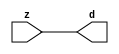

//------> /package/eda/mg/Catapult_10.3d/Mgc_home/pkgs/siflibs/mgc_in_wire_v2.v 
//------------------------------------------------------------------------------
// Catapult Synthesis - Sample I/O Port Library
//
// Copyright (c) 2003-2017 Mentor Graphics Corp.
//       All Rights Reserved
//
// This document may be used and distributed without restriction provided that
// this copyright statement is not removed from the file and that any derivative
// work contains this copyright notice.
//
// The design information contained in this file is intended to be an example
// of the functionality which the end user may study in preparation for creating
// their own custom interfaces. This design does not necessarily present a 
// complete implementation of the named protocol or standard.
//
//------------------------------------------------------------------------------


module mgc_in_wire_v2 (d, z);

  parameter integer rscid = 1;
  parameter integer width = 8;

  output [width-1:0] d;
  input  [width-1:0] z;

  wire   [width-1:0] d;

  assign d = z;

endmodule


//------> /package/eda/mg/Catapult_10.3d/Mgc_home/pkgs/siflibs/ccs_in_v1.v 
//------------------------------------------------------------------------------
// Catapult Synthesis - Sample I/O Port Library
//
// Copyright (c) 2003-2017 Mentor Graphics Corp.
//       All Rights Reserved
//
// This document may be used and distributed without restriction provided that
// this copyright statement is not removed from the file and that any derivative
// work contains this copyright notice.
//
// The design information contained in this file is intended to be an example
// of the functionality which the end user may study in preparation for creating
// their own custom interfaces. This design does not necessarily present a 
// complete implementation of the named protocol or standard.
//
//------------------------------------------------------------------------------


module ccs_in_v1 (idat, dat);

  parameter integer rscid = 1;
  parameter integer width = 8;

  output [width-1:0] idat;
  input  [width-1:0] dat;

  wire   [width-1:0] idat;

  assign idat = dat;

endmodule


//------> /package/eda/mg/Catapult_10.3d/Mgc_home/pkgs/siflibs/ccs_out_v1.v 
//------------------------------------------------------------------------------
// Catapult Synthesis - Sample I/O Port Library
//
// Copyright (c) 2003-2015 Mentor Graphics Corp.
//       All Rights Reserved
//
// This document may be used and distributed without restriction provided that
// this copyright statement is not removed from the file and that any derivative
// work contains this copyright notice.
//
// The design information contained in this file is intended to be an example
// of the functionality which the end user may study in preparation for creating
// their own custom interfaces. This design does not necessarily present a 
// complete implementation of the named protocol or standard.
//
//------------------------------------------------------------------------------

module ccs_out_v1 (dat, idat);

  parameter integer rscid = 1;
  parameter integer width = 8;

  output   [width-1:0] dat;
  input    [width-1:0] idat;

  wire     [width-1:0] dat;

  assign dat = idat;

endmodule




//------> /package/eda/mg/Catapult_10.3d/Mgc_home/pkgs/siflibs/mgc_io_sync_v2.v 
//------------------------------------------------------------------------------
// Catapult Synthesis - Sample I/O Port Library
//
// Copyright (c) 2003-2017 Mentor Graphics Corp.
//       All Rights Reserved
//
// This document may be used and distributed without restriction provided that
// this copyright statement is not removed from the file and that any derivative
// work contains this copyright notice.
//
// The design information contained in this file is intended to be an example
// of the functionality which the end user may study in preparation for creating
// their own custom interfaces. This design does not necessarily present a 
// complete implementation of the named protocol or standard.
//
//------------------------------------------------------------------------------


module mgc_io_sync_v2 (ld, lz);
    parameter valid = 0;

    input  ld;
    output lz;

    wire   lz;

    assign lz = ld;

endmodule


//------> ./rtl.v 
// ----------------------------------------------------------------------
//  HLS HDL:        Verilog Netlister
//  HLS Version:    10.3d/815731 Production Release
//  HLS Date:       Wed Apr 24 14:54:19 PDT 2019
// 
//  Generated by:   695r48@ecegrid-thin4.ecn.purdue.edu
//  Generated date: Wed Nov 10 16:29:34 2021
// ----------------------------------------------------------------------

// 
// ------------------------------------------------------------------
//  Design Unit:    fir_core_core_fsm
//  FSM Module
// ------------------------------------------------------------------


module fir_core_core_fsm (
  clk, rst, fsm_output
);
  input clk;
  input rst;
  output [3:0] fsm_output;
  reg [3:0] fsm_output;


  // FSM State Type Declaration for fir_core_core_fsm_1
  parameter
    main_C_0 = 2'd0,
    main_C_1 = 2'd1,
    main_C_2 = 2'd2,
    main_C_3 = 2'd3;

  reg [1:0] state_var;
  reg [1:0] state_var_NS;


  // Interconnect Declarations for Component Instantiations 
  always @(*)
  begin : fir_core_core_fsm_1
    case (state_var)
      main_C_1 : begin
        fsm_output = 4'b0010;
        state_var_NS = main_C_2;
      end
      main_C_2 : begin
        fsm_output = 4'b0100;
        state_var_NS = main_C_3;
      end
      main_C_3 : begin
        fsm_output = 4'b1000;
        state_var_NS = main_C_0;
      end
      // main_C_0
      default : begin
        fsm_output = 4'b0001;
        state_var_NS = main_C_1;
      end
    endcase
  end

  always @(posedge clk) begin
    if ( rst ) begin
      state_var <= main_C_0;
    end
    else begin
      state_var <= state_var_NS;
    end
  end

endmodule

// ------------------------------------------------------------------
//  Design Unit:    fir_core
// ------------------------------------------------------------------


module fir_core (
  clk, rst, coeffs_rsc_z, coeffs_rsc_triosy_lz, in1_rsc_dat, in1_rsc_triosy_lz, out1_rsc_dat,
      out1_rsc_triosy_lz
);
  input clk;
  input rst;
  input [511:0] coeffs_rsc_z;
  output coeffs_rsc_triosy_lz;
  input [15:0] in1_rsc_dat;
  output in1_rsc_triosy_lz;
  output [15:0] out1_rsc_dat;
  output out1_rsc_triosy_lz;


  // Interconnect Declarations
  wire [511:0] coeffs_rsci_d;
  wire [15:0] in1_rsci_idat;
  reg [15:0] out1_rsci_idat;
  reg out1_rsc_triosy_obj_ld;
  wire [3:0] fsm_output;
  wire or_tmp;
  reg main_stage_0_2;
  reg [191:0] reg_MAC_io_read_coeffs_rsc_cse_255_0_ftd_64;
  reg reg_in1_rsc_triosy_obj_ld_cse;
  wire MAC_or_1_cse;
  wire [29:0] z_out;
  wire [30:0] nl_z_out;
  wire [29:0] z_out_1;
  wire [30:0] nl_z_out_1;
  wire [29:0] z_out_2;
  wire signed [32:0] nl_z_out_2;
  wire [29:0] z_out_3;
  wire signed [32:0] nl_z_out_3;
  wire [29:0] z_out_4;
  wire signed [32:0] nl_z_out_4;
  wire [29:0] z_out_6;
  wire signed [32:0] nl_z_out_6;
  reg [15:0] regs_15_sva;
  reg [15:0] regs_16_sva;
  reg [15:0] regs_14_sva;
  reg [15:0] regs_17_sva;
  reg [15:0] regs_13_sva;
  reg [15:0] regs_18_sva;
  reg [15:0] regs_12_sva;
  reg [15:0] regs_19_sva;
  reg [15:0] regs_11_sva;
  reg [15:0] regs_20_sva;
  reg [15:0] regs_10_sva;
  reg [15:0] regs_21_sva;
  reg [15:0] regs_9_sva;
  reg [15:0] regs_22_sva;
  reg [15:0] regs_8_sva;
  reg [15:0] regs_23_sva;
  reg [15:0] regs_7_sva;
  reg [15:0] regs_24_sva;
  reg [15:0] regs_6_sva;
  reg [15:0] regs_25_sva;
  reg [15:0] regs_5_sva;
  reg [15:0] regs_26_sva;
  reg [15:0] regs_4_sva;
  reg [15:0] regs_27_sva;
  reg [15:0] regs_3_sva;
  reg [15:0] regs_28_sva;
  reg [15:0] regs_2_sva;
  reg [15:0] regs_29_sva;
  reg [15:0] regs_1_sva;
  reg [15:0] regs_30_sva;
  reg [15:0] regs_0_sva;
  reg [16:0] MAC_1_acc_3_itm;
  wire [17:0] nl_MAC_1_acc_3_itm;
  reg [29:0] MAC_1_mul_itm;
  reg [16:0] MAC_2_acc_3_itm;
  wire [17:0] nl_MAC_2_acc_3_itm;
  reg [29:0] MAC_acc_11_itm;
  reg [16:0] MAC_3_acc_3_itm;
  wire [17:0] nl_MAC_3_acc_3_itm;
  reg [16:0] MAC_4_acc_3_itm;
  wire [17:0] nl_MAC_4_acc_3_itm;
  reg [29:0] MAC_acc_10_itm;
  reg [16:0] MAC_5_acc_3_itm;
  wire [17:0] nl_MAC_5_acc_3_itm;
  reg [16:0] MAC_6_acc_3_itm;
  wire [17:0] nl_MAC_6_acc_3_itm;
  reg [16:0] MAC_7_acc_3_itm;
  wire [17:0] nl_MAC_7_acc_3_itm;
  reg [16:0] MAC_8_acc_3_itm;
  wire [17:0] nl_MAC_8_acc_3_itm;
  reg [16:0] MAC_9_acc_3_itm;
  wire [17:0] nl_MAC_9_acc_3_itm;
  reg [16:0] MAC_10_acc_3_itm;
  reg [16:0] MAC_11_acc_3_itm;
  wire [17:0] nl_MAC_11_acc_3_itm;
  reg [16:0] MAC_12_acc_3_itm;
  wire [17:0] nl_MAC_12_acc_3_itm;
  reg [29:0] MAC_12_mul_itm;
  reg [29:0] MAC_15_mul_itm;
  reg [29:0] MAC_16_mul_itm;
  reg [29:0] MAC_acc_16_itm;
  wire [30:0] nl_MAC_acc_16_itm;
  wire [29:0] MAC_acc_14_mx0w2;
  wire [30:0] nl_MAC_acc_14_mx0w2;

  wire[29:0] MAC_16_acc_2_nl;
  wire[30:0] nl_MAC_16_acc_2_nl;
  wire[29:0] MAC_acc_17_nl;
  wire[30:0] nl_MAC_acc_17_nl;
  wire[16:0] MAC_10_acc_3_nl;
  wire[17:0] nl_MAC_10_acc_3_nl;
  wire[29:0] MAC_16_mul_nl;
  wire signed [32:0] nl_MAC_16_mul_nl;
  wire[16:0] MAC_16_acc_3_nl;
  wire[17:0] nl_MAC_16_acc_3_nl;
  wire[29:0] MAC_acc_6_nl;
  wire[30:0] nl_MAC_acc_6_nl;
  wire[29:0] MAC_11_mul_nl;
  wire signed [32:0] nl_MAC_11_mul_nl;
  wire[29:0] mul_3_nl;
  wire signed [32:0] nl_mul_3_nl;
  wire[15:0] MAC_mux_30_nl;
  wire[16:0] MAC_mux_31_nl;
  wire[16:0] MAC_13_acc_4_nl;
  wire[17:0] nl_MAC_13_acc_4_nl;
  wire[29:0] MAC_acc_7_nl;
  wire[30:0] nl_MAC_acc_7_nl;
  wire[29:0] MAC_10_mul_nl;
  wire signed [32:0] nl_MAC_10_mul_nl;
  wire[0:0] MAC_or_4_nl;
  wire[29:0] MAC_14_mul_nl;
  wire signed [32:0] nl_MAC_14_mul_nl;
  wire[16:0] MAC_14_acc_3_nl;
  wire[17:0] nl_MAC_14_acc_3_nl;
  wire[29:0] MAC_acc_11_nl;
  wire[30:0] nl_MAC_acc_11_nl;
  wire[29:0] MAC_acc_9_nl;
  wire[30:0] nl_MAC_acc_9_nl;
  wire[29:0] MAC_6_mul_nl;
  wire signed [32:0] nl_MAC_6_mul_nl;
  wire[29:0] MAC_acc_10_nl;
  wire[30:0] nl_MAC_acc_10_nl;
  wire[29:0] MAC_acc_8_nl;
  wire[30:0] nl_MAC_acc_8_nl;
  wire[29:0] MAC_7_mul_nl;
  wire signed [32:0] nl_MAC_7_mul_nl;
  wire[29:0] MAC_mux_22_nl;
  wire[29:0] MAC_mux_23_nl;
  wire[15:0] MAC_mux_24_nl;
  wire[16:0] MAC_mux_25_nl;
  wire[16:0] MAC_15_acc_4_nl;
  wire[17:0] nl_MAC_15_acc_4_nl;
  wire[15:0] MAC_mux_26_nl;
  wire[16:0] MAC_mux_27_nl;
  wire[15:0] MAC_mux_28_nl;
  wire[16:0] MAC_mux_29_nl;
  wire[15:0] MAC_mux_32_nl;
  wire[16:0] MAC_mux_33_nl;

  // Interconnect Declarations for Component Instantiations 
  mgc_in_wire_v2 #(.rscid(32'sd1),
  .width(32'sd512)) coeffs_rsci (
      .d(coeffs_rsci_d),
      .z(coeffs_rsc_z)
    );
  ccs_in_v1 #(.rscid(32'sd2),
  .width(32'sd16)) in1_rsci (
      .dat(in1_rsc_dat),
      .idat(in1_rsci_idat)
    );
  ccs_out_v1 #(.rscid(32'sd3),
  .width(32'sd16)) out1_rsci (
      .idat(out1_rsci_idat),
      .dat(out1_rsc_dat)
    );
  mgc_io_sync_v2 #(.valid(32'sd0)) coeffs_rsc_triosy_obj (
      .ld(reg_in1_rsc_triosy_obj_ld_cse),
      .lz(coeffs_rsc_triosy_lz)
    );
  mgc_io_sync_v2 #(.valid(32'sd0)) in1_rsc_triosy_obj (
      .ld(reg_in1_rsc_triosy_obj_ld_cse),
      .lz(in1_rsc_triosy_lz)
    );
  mgc_io_sync_v2 #(.valid(32'sd0)) out1_rsc_triosy_obj (
      .ld(out1_rsc_triosy_obj_ld),
      .lz(out1_rsc_triosy_lz)
    );
  fir_core_core_fsm fir_core_core_fsm_inst (
      .clk(clk),
      .rst(rst),
      .fsm_output(fsm_output)
    );
  assign MAC_or_1_cse = (fsm_output[0]) | (fsm_output[1]) | (fsm_output[3]);
  assign nl_MAC_acc_14_mx0w2 = MAC_acc_11_itm + MAC_acc_10_itm;
  assign MAC_acc_14_mx0w2 = nl_MAC_acc_14_mx0w2[29:0];
  assign or_tmp = ~((fsm_output[0]) & main_stage_0_2);
  always @(posedge clk) begin
    if ( rst ) begin
      out1_rsc_triosy_obj_ld <= 1'b0;
      reg_in1_rsc_triosy_obj_ld_cse <= 1'b0;
      main_stage_0_2 <= 1'b0;
      MAC_12_acc_3_itm <= 17'b00000000000000000;
      MAC_9_acc_3_itm <= 17'b00000000000000000;
      MAC_8_acc_3_itm <= 17'b00000000000000000;
      MAC_1_acc_3_itm <= 17'b00000000000000000;
      MAC_1_mul_itm <= 30'b000000000000000000000000000000;
      MAC_acc_11_itm <= 30'b000000000000000000000000000000;
      MAC_acc_10_itm <= 30'b000000000000000000000000000000;
    end
    else begin
      out1_rsc_triosy_obj_ld <= ~ or_tmp;
      reg_in1_rsc_triosy_obj_ld_cse <= fsm_output[0];
      main_stage_0_2 <= 1'b1;
      MAC_12_acc_3_itm <= nl_MAC_12_acc_3_itm[16:0];
      MAC_9_acc_3_itm <= nl_MAC_9_acc_3_itm[16:0];
      MAC_8_acc_3_itm <= nl_MAC_8_acc_3_itm[16:0];
      MAC_1_acc_3_itm <= nl_MAC_1_acc_3_itm[16:0];
      MAC_1_mul_itm <= MUX1HOT_v_30_3_2((mul_3_nl), z_out_6, (MAC_acc_7_nl), {(MAC_or_4_nl)
          , (fsm_output[1]) , (fsm_output[3])});
      MAC_acc_11_itm <= MUX_v_30_2_2((MAC_acc_11_nl), (MAC_acc_9_nl), fsm_output[3]);
      MAC_acc_10_itm <= MUX_v_30_2_2((MAC_acc_10_nl), (MAC_acc_8_nl), fsm_output[3]);
    end
  end
  always @(posedge clk) begin
    if ( rst ) begin
      out1_rsci_idat <= 16'b0000000000000000;
    end
    else if ( ~ or_tmp ) begin
      out1_rsci_idat <= readslicef_30_16_14((MAC_16_acc_2_nl));
    end
  end
  always @(posedge clk) begin
    if ( rst ) begin
      MAC_11_acc_3_itm <= 17'b00000000000000000;
    end
    else if ( fsm_output[0] ) begin
      MAC_11_acc_3_itm <= nl_MAC_11_acc_3_itm[16:0];
    end
  end
  always @(posedge clk) begin
    if ( rst ) begin
      MAC_10_acc_3_itm <= 17'b00000000000000000;
    end
    else if ( (fsm_output[0]) | (fsm_output[3]) ) begin
      MAC_10_acc_3_itm <= MUX_v_17_2_2((MAC_10_acc_3_nl), ({1'b0 , regs_30_sva}),
          fsm_output[3]);
    end
  end
  always @(posedge clk) begin
    if ( rst ) begin
      MAC_7_acc_3_itm <= 17'b00000000000000000;
    end
    else if ( fsm_output[0] ) begin
      MAC_7_acc_3_itm <= nl_MAC_7_acc_3_itm[16:0];
    end
  end
  always @(posedge clk) begin
    if ( rst ) begin
      MAC_6_acc_3_itm <= 17'b00000000000000000;
    end
    else if ( fsm_output[0] ) begin
      MAC_6_acc_3_itm <= nl_MAC_6_acc_3_itm[16:0];
    end
  end
  always @(posedge clk) begin
    if ( rst ) begin
      MAC_5_acc_3_itm <= 17'b00000000000000000;
    end
    else if ( fsm_output[0] ) begin
      MAC_5_acc_3_itm <= nl_MAC_5_acc_3_itm[16:0];
    end
  end
  always @(posedge clk) begin
    if ( rst ) begin
      MAC_3_acc_3_itm <= 17'b00000000000000000;
    end
    else if ( fsm_output[0] ) begin
      MAC_3_acc_3_itm <= nl_MAC_3_acc_3_itm[16:0];
    end
  end
  always @(posedge clk) begin
    if ( rst ) begin
      MAC_4_acc_3_itm <= 17'b00000000000000000;
    end
    else if ( fsm_output[0] ) begin
      MAC_4_acc_3_itm <= nl_MAC_4_acc_3_itm[16:0];
    end
  end
  always @(posedge clk) begin
    if ( rst ) begin
      MAC_2_acc_3_itm <= 17'b00000000000000000;
    end
    else if ( fsm_output[0] ) begin
      MAC_2_acc_3_itm <= nl_MAC_2_acc_3_itm[16:0];
    end
  end
  always @(posedge clk) begin
    if ( rst ) begin
      MAC_15_mul_itm <= 30'b000000000000000000000000000000;
      MAC_16_mul_itm <= 30'b000000000000000000000000000000;
      MAC_12_mul_itm <= 30'b000000000000000000000000000000;
    end
    else if ( MAC_or_1_cse ) begin
      MAC_15_mul_itm <= MUX1HOT_v_30_3_2(z_out_2, z_out_3, MAC_acc_14_mx0w2, {(fsm_output[0])
          , (fsm_output[1]) , (fsm_output[3])});
      MAC_16_mul_itm <= MUX1HOT_v_30_3_2((MAC_16_mul_nl), z_out_4, (MAC_acc_6_nl),
          {(fsm_output[0]) , (fsm_output[1]) , (fsm_output[3])});
      MAC_12_mul_itm <= MUX1HOT_v_30_3_2((MAC_14_mul_nl), z_out_2, MAC_acc_16_itm,
          {(fsm_output[0]) , (fsm_output[1]) , (fsm_output[3])});
    end
  end
  always @(posedge clk) begin
    if ( rst ) begin
      regs_1_sva <= 16'b0000000000000000;
    end
    else if ( fsm_output[0] ) begin
      regs_1_sva <= regs_0_sva;
    end
  end
  always @(posedge clk) begin
    if ( rst ) begin
      regs_0_sva <= 16'b0000000000000000;
    end
    else if ( fsm_output[0] ) begin
      regs_0_sva <= in1_rsci_idat;
    end
  end
  always @(posedge clk) begin
    if ( rst ) begin
      regs_15_sva <= 16'b0000000000000000;
    end
    else if ( fsm_output[3] ) begin
      regs_15_sva <= regs_14_sva;
    end
  end
  always @(posedge clk) begin
    if ( rst ) begin
      regs_14_sva <= 16'b0000000000000000;
    end
    else if ( fsm_output[3] ) begin
      regs_14_sva <= regs_13_sva;
    end
  end
  always @(posedge clk) begin
    if ( rst ) begin
      regs_16_sva <= 16'b0000000000000000;
    end
    else if ( fsm_output[3] ) begin
      regs_16_sva <= regs_15_sva;
    end
  end
  always @(posedge clk) begin
    if ( rst ) begin
      regs_13_sva <= 16'b0000000000000000;
    end
    else if ( fsm_output[3] ) begin
      regs_13_sva <= regs_12_sva;
    end
  end
  always @(posedge clk) begin
    if ( rst ) begin
      regs_17_sva <= 16'b0000000000000000;
    end
    else if ( fsm_output[3] ) begin
      regs_17_sva <= regs_16_sva;
    end
  end
  always @(posedge clk) begin
    if ( rst ) begin
      regs_12_sva <= 16'b0000000000000000;
    end
    else if ( fsm_output[3] ) begin
      regs_12_sva <= regs_11_sva;
    end
  end
  always @(posedge clk) begin
    if ( rst ) begin
      regs_18_sva <= 16'b0000000000000000;
    end
    else if ( fsm_output[3] ) begin
      regs_18_sva <= regs_17_sva;
    end
  end
  always @(posedge clk) begin
    if ( rst ) begin
      regs_11_sva <= 16'b0000000000000000;
    end
    else if ( fsm_output[3] ) begin
      regs_11_sva <= regs_10_sva;
    end
  end
  always @(posedge clk) begin
    if ( rst ) begin
      regs_19_sva <= 16'b0000000000000000;
    end
    else if ( fsm_output[3] ) begin
      regs_19_sva <= regs_18_sva;
    end
  end
  always @(posedge clk) begin
    if ( rst ) begin
      regs_10_sva <= 16'b0000000000000000;
    end
    else if ( fsm_output[3] ) begin
      regs_10_sva <= regs_9_sva;
    end
  end
  always @(posedge clk) begin
    if ( rst ) begin
      regs_20_sva <= 16'b0000000000000000;
    end
    else if ( fsm_output[3] ) begin
      regs_20_sva <= regs_19_sva;
    end
  end
  always @(posedge clk) begin
    if ( rst ) begin
      regs_9_sva <= 16'b0000000000000000;
    end
    else if ( fsm_output[3] ) begin
      regs_9_sva <= regs_8_sva;
    end
  end
  always @(posedge clk) begin
    if ( rst ) begin
      regs_21_sva <= 16'b0000000000000000;
    end
    else if ( fsm_output[3] ) begin
      regs_21_sva <= regs_20_sva;
    end
  end
  always @(posedge clk) begin
    if ( rst ) begin
      regs_8_sva <= 16'b0000000000000000;
    end
    else if ( fsm_output[3] ) begin
      regs_8_sva <= regs_7_sva;
    end
  end
  always @(posedge clk) begin
    if ( rst ) begin
      regs_22_sva <= 16'b0000000000000000;
    end
    else if ( fsm_output[3] ) begin
      regs_22_sva <= regs_21_sva;
    end
  end
  always @(posedge clk) begin
    if ( rst ) begin
      regs_7_sva <= 16'b0000000000000000;
    end
    else if ( fsm_output[3] ) begin
      regs_7_sva <= regs_6_sva;
    end
  end
  always @(posedge clk) begin
    if ( rst ) begin
      regs_23_sva <= 16'b0000000000000000;
    end
    else if ( fsm_output[3] ) begin
      regs_23_sva <= regs_22_sva;
    end
  end
  always @(posedge clk) begin
    if ( rst ) begin
      regs_6_sva <= 16'b0000000000000000;
    end
    else if ( fsm_output[3] ) begin
      regs_6_sva <= regs_5_sva;
    end
  end
  always @(posedge clk) begin
    if ( rst ) begin
      regs_24_sva <= 16'b0000000000000000;
    end
    else if ( fsm_output[3] ) begin
      regs_24_sva <= regs_23_sva;
    end
  end
  always @(posedge clk) begin
    if ( rst ) begin
      regs_5_sva <= 16'b0000000000000000;
    end
    else if ( fsm_output[3] ) begin
      regs_5_sva <= regs_4_sva;
    end
  end
  always @(posedge clk) begin
    if ( rst ) begin
      regs_25_sva <= 16'b0000000000000000;
    end
    else if ( fsm_output[3] ) begin
      regs_25_sva <= regs_24_sva;
    end
  end
  always @(posedge clk) begin
    if ( rst ) begin
      regs_4_sva <= 16'b0000000000000000;
    end
    else if ( fsm_output[3] ) begin
      regs_4_sva <= regs_3_sva;
    end
  end
  always @(posedge clk) begin
    if ( rst ) begin
      regs_26_sva <= 16'b0000000000000000;
    end
    else if ( fsm_output[3] ) begin
      regs_26_sva <= regs_25_sva;
    end
  end
  always @(posedge clk) begin
    if ( rst ) begin
      regs_3_sva <= 16'b0000000000000000;
    end
    else if ( fsm_output[3] ) begin
      regs_3_sva <= regs_2_sva;
    end
  end
  always @(posedge clk) begin
    if ( rst ) begin
      regs_27_sva <= 16'b0000000000000000;
    end
    else if ( fsm_output[3] ) begin
      regs_27_sva <= regs_26_sva;
    end
  end
  always @(posedge clk) begin
    if ( rst ) begin
      regs_2_sva <= 16'b0000000000000000;
    end
    else if ( fsm_output[3] ) begin
      regs_2_sva <= regs_1_sva;
    end
  end
  always @(posedge clk) begin
    if ( rst ) begin
      regs_28_sva <= 16'b0000000000000000;
    end
    else if ( fsm_output[3] ) begin
      regs_28_sva <= regs_27_sva;
    end
  end
  always @(posedge clk) begin
    if ( rst ) begin
      regs_29_sva <= 16'b0000000000000000;
    end
    else if ( fsm_output[3] ) begin
      regs_29_sva <= regs_28_sva;
    end
  end
  always @(posedge clk) begin
    if ( rst ) begin
      regs_30_sva <= 16'b0000000000000000;
    end
    else if ( fsm_output[3] ) begin
      regs_30_sva <= regs_29_sva;
    end
  end
  always @(posedge clk) begin
    if ( rst ) begin
      MAC_acc_16_itm <= 30'b000000000000000000000000000000;
    end
    else if ( fsm_output[1] ) begin
      MAC_acc_16_itm <= nl_MAC_acc_16_itm[29:0];
    end
  end
  always @(posedge clk) begin
    if ( rst ) begin
      reg_MAC_io_read_coeffs_rsc_cse_255_0_ftd_64 <= 192'b000000000000000000000000000000000000000000000000000000000000000000000000000000000000000000000000000000000000000000000000000000000000000000000000000000000000000000000000000000000000000000000000;
    end
    else if ( fsm_output[0] ) begin
      reg_MAC_io_read_coeffs_rsc_cse_255_0_ftd_64 <= coeffs_rsci_d[191:0];
    end
  end
  assign nl_MAC_12_acc_3_itm  = conv_s2s_16_17(regs_11_sva) + conv_s2s_16_17(regs_20_sva);
  assign nl_MAC_9_acc_3_itm  = conv_s2s_16_17(regs_8_sva) + conv_s2s_16_17(regs_23_sva);
  assign nl_MAC_8_acc_3_itm  = conv_s2s_16_17(regs_7_sva) + conv_s2s_16_17(regs_24_sva);
  assign nl_MAC_1_acc_3_itm  = conv_s2s_16_17(in1_rsci_idat) + conv_s2s_16_17(MAC_10_acc_3_itm[15:0]);
  assign MAC_mux_30_nl = MUX_v_16_2_2((coeffs_rsci_d[207:192]), (reg_MAC_io_read_coeffs_rsc_cse_255_0_ftd_64[79:64]),
      fsm_output[2]);
  assign nl_MAC_13_acc_4_nl = conv_s2s_16_17(regs_12_sva) + conv_s2s_16_17(regs_19_sva);
  assign MAC_13_acc_4_nl = nl_MAC_13_acc_4_nl[16:0];
  assign MAC_mux_31_nl = MUX_v_17_2_2((MAC_13_acc_4_nl), MAC_5_acc_3_itm, fsm_output[2]);
  assign nl_mul_3_nl = $signed((MAC_mux_30_nl)) * $signed((MAC_mux_31_nl));
  assign mul_3_nl = nl_mul_3_nl[29:0];
  assign nl_MAC_10_mul_nl = $signed(MAC_10_acc_3_itm) * $signed((reg_MAC_io_read_coeffs_rsc_cse_255_0_ftd_64[159:144]));
  assign MAC_10_mul_nl = nl_MAC_10_mul_nl[29:0];
  assign nl_MAC_acc_7_nl = MAC_15_mul_itm + (MAC_10_mul_nl);
  assign MAC_acc_7_nl = nl_MAC_acc_7_nl[29:0];
  assign MAC_or_4_nl = (fsm_output[0]) | (fsm_output[2]);
  assign nl_MAC_acc_11_nl = MAC_1_mul_itm + z_out_3;
  assign MAC_acc_11_nl = nl_MAC_acc_11_nl[29:0];
  assign nl_MAC_6_mul_nl = $signed(MAC_6_acc_3_itm) * $signed((reg_MAC_io_read_coeffs_rsc_cse_255_0_ftd_64[95:80]));
  assign MAC_6_mul_nl = nl_MAC_6_mul_nl[29:0];
  assign nl_MAC_acc_9_nl = MAC_1_mul_itm + (MAC_6_mul_nl);
  assign MAC_acc_9_nl = nl_MAC_acc_9_nl[29:0];
  assign nl_MAC_acc_10_nl = z_out_6 + z_out_4;
  assign MAC_acc_10_nl = nl_MAC_acc_10_nl[29:0];
  assign nl_MAC_7_mul_nl = $signed(MAC_7_acc_3_itm) * $signed((reg_MAC_io_read_coeffs_rsc_cse_255_0_ftd_64[111:96]));
  assign MAC_7_mul_nl = nl_MAC_7_mul_nl[29:0];
  assign nl_MAC_acc_8_nl = (MAC_7_mul_nl) + MAC_16_mul_itm;
  assign MAC_acc_8_nl = nl_MAC_acc_8_nl[29:0];
  assign nl_MAC_acc_17_nl = MAC_15_mul_itm + MAC_acc_14_mx0w2;
  assign MAC_acc_17_nl = nl_MAC_acc_17_nl[29:0];
  assign nl_MAC_16_acc_2_nl = (MAC_acc_17_nl) + z_out_1;
  assign MAC_16_acc_2_nl = nl_MAC_16_acc_2_nl[29:0];
  assign nl_MAC_11_acc_3_itm  = conv_s2s_16_17(regs_10_sva) + conv_s2s_16_17(regs_21_sva);
  assign nl_MAC_10_acc_3_nl = conv_s2s_16_17(regs_9_sva) + conv_s2s_16_17(regs_22_sva);
  assign MAC_10_acc_3_nl = nl_MAC_10_acc_3_nl[16:0];
  assign nl_MAC_7_acc_3_itm  = conv_s2s_16_17(regs_6_sva) + conv_s2s_16_17(regs_25_sva);
  assign nl_MAC_6_acc_3_itm  = conv_s2s_16_17(regs_5_sva) + conv_s2s_16_17(regs_26_sva);
  assign nl_MAC_5_acc_3_itm  = conv_s2s_16_17(regs_4_sva) + conv_s2s_16_17(regs_27_sva);
  assign nl_MAC_3_acc_3_itm  = conv_s2s_16_17(regs_1_sva) + conv_s2s_16_17(regs_29_sva);
  assign nl_MAC_4_acc_3_itm  = conv_s2s_16_17(regs_3_sva) + conv_s2s_16_17(regs_28_sva);
  assign nl_MAC_2_acc_3_itm  = conv_s2s_16_17(regs_0_sva) + conv_s2s_16_17(regs_30_sva);
  assign nl_MAC_16_acc_3_nl = conv_s2s_16_17(regs_15_sva) + conv_s2s_16_17(regs_16_sva);
  assign MAC_16_acc_3_nl = nl_MAC_16_acc_3_nl[16:0];
  assign nl_MAC_16_mul_nl = $signed((MAC_16_acc_3_nl)) * $signed((coeffs_rsci_d[255:240]));
  assign MAC_16_mul_nl = nl_MAC_16_mul_nl[29:0];
  assign nl_MAC_11_mul_nl = $signed(MAC_11_acc_3_itm) * $signed((reg_MAC_io_read_coeffs_rsc_cse_255_0_ftd_64[175:160]));
  assign MAC_11_mul_nl = nl_MAC_11_mul_nl[29:0];
  assign nl_MAC_acc_6_nl = (MAC_11_mul_nl) + MAC_12_mul_itm;
  assign MAC_acc_6_nl = nl_MAC_acc_6_nl[29:0];
  assign nl_MAC_14_acc_3_nl = conv_s2s_16_17(regs_13_sva) + conv_s2s_16_17(regs_18_sva);
  assign MAC_14_acc_3_nl = nl_MAC_14_acc_3_nl[16:0];
  assign nl_MAC_14_mul_nl = $signed((MAC_14_acc_3_nl)) * $signed((coeffs_rsci_d[223:208]));
  assign MAC_14_mul_nl = nl_MAC_14_mul_nl[29:0];
  assign nl_MAC_acc_16_itm  = z_out_1 + z_out;
  assign MAC_mux_22_nl = MUX_v_30_2_2(MAC_1_mul_itm, MAC_15_mul_itm, fsm_output[1]);
  assign nl_z_out = (MAC_mux_22_nl) + MAC_16_mul_itm;
  assign z_out = nl_z_out[29:0];
  assign MAC_mux_23_nl = MUX_v_30_2_2(z_out, MAC_1_mul_itm, fsm_output[1]);
  assign nl_z_out_1 = (MAC_mux_23_nl) + MAC_12_mul_itm;
  assign z_out_1 = nl_z_out_1[29:0];
  assign MAC_mux_24_nl = MUX_v_16_2_2((coeffs_rsci_d[239:224]), (reg_MAC_io_read_coeffs_rsc_cse_255_0_ftd_64[191:176]),
      fsm_output[1]);
  assign nl_MAC_15_acc_4_nl = conv_s2s_16_17(regs_14_sva) + conv_s2s_16_17(regs_17_sva);
  assign MAC_15_acc_4_nl = nl_MAC_15_acc_4_nl[16:0];
  assign MAC_mux_25_nl = MUX_v_17_2_2((MAC_15_acc_4_nl), MAC_12_acc_3_itm, fsm_output[1]);
  assign nl_z_out_2 = $signed((MAC_mux_24_nl)) * $signed((MAC_mux_25_nl));
  assign z_out_2 = nl_z_out_2[29:0];
  assign MAC_mux_26_nl = MUX_v_16_2_2((reg_MAC_io_read_coeffs_rsc_cse_255_0_ftd_64[143:128]),
      (reg_MAC_io_read_coeffs_rsc_cse_255_0_ftd_64[31:16]), fsm_output[2]);
  assign MAC_mux_27_nl = MUX_v_17_2_2(MAC_9_acc_3_itm, MAC_2_acc_3_itm, fsm_output[2]);
  assign nl_z_out_3 = $signed((MAC_mux_26_nl)) * $signed((MAC_mux_27_nl));
  assign z_out_3 = nl_z_out_3[29:0];
  assign MAC_mux_28_nl = MUX_v_16_2_2((reg_MAC_io_read_coeffs_rsc_cse_255_0_ftd_64[127:112]),
      (reg_MAC_io_read_coeffs_rsc_cse_255_0_ftd_64[63:48]), fsm_output[2]);
  assign MAC_mux_29_nl = MUX_v_17_2_2(MAC_8_acc_3_itm, MAC_4_acc_3_itm, fsm_output[2]);
  assign nl_z_out_4 = $signed((MAC_mux_28_nl)) * $signed((MAC_mux_29_nl));
  assign z_out_4 = nl_z_out_4[29:0];
  assign MAC_mux_32_nl = MUX_v_16_2_2((reg_MAC_io_read_coeffs_rsc_cse_255_0_ftd_64[15:0]),
      (reg_MAC_io_read_coeffs_rsc_cse_255_0_ftd_64[47:32]), fsm_output[2]);
  assign MAC_mux_33_nl = MUX_v_17_2_2(MAC_1_acc_3_itm, MAC_3_acc_3_itm, fsm_output[2]);
  assign nl_z_out_6 = $signed((MAC_mux_32_nl)) * $signed((MAC_mux_33_nl));
  assign z_out_6 = nl_z_out_6[29:0];

  function automatic [29:0] MUX1HOT_v_30_3_2;
    input [29:0] input_2;
    input [29:0] input_1;
    input [29:0] input_0;
    input [2:0] sel;
    reg [29:0] result;
  begin
    result = input_0 & {30{sel[0]}};
    result = result | ( input_1 & {30{sel[1]}});
    result = result | ( input_2 & {30{sel[2]}});
    MUX1HOT_v_30_3_2 = result;
  end
  endfunction


  function automatic [15:0] MUX_v_16_2_2;
    input [15:0] input_0;
    input [15:0] input_1;
    input [0:0] sel;
    reg [15:0] result;
  begin
    case (sel)
      1'b0 : begin
        result = input_0;
      end
      default : begin
        result = input_1;
      end
    endcase
    MUX_v_16_2_2 = result;
  end
  endfunction


  function automatic [16:0] MUX_v_17_2_2;
    input [16:0] input_0;
    input [16:0] input_1;
    input [0:0] sel;
    reg [16:0] result;
  begin
    case (sel)
      1'b0 : begin
        result = input_0;
      end
      default : begin
        result = input_1;
      end
    endcase
    MUX_v_17_2_2 = result;
  end
  endfunction


  function automatic [29:0] MUX_v_30_2_2;
    input [29:0] input_0;
    input [29:0] input_1;
    input [0:0] sel;
    reg [29:0] result;
  begin
    case (sel)
      1'b0 : begin
        result = input_0;
      end
      default : begin
        result = input_1;
      end
    endcase
    MUX_v_30_2_2 = result;
  end
  endfunction


  function automatic [15:0] readslicef_30_16_14;
    input [29:0] vector;
    reg [29:0] tmp;
  begin
    tmp = vector >> 14;
    readslicef_30_16_14 = tmp[15:0];
  end
  endfunction


  function automatic [16:0] conv_s2s_16_17 ;
    input [15:0]  vector ;
  begin
    conv_s2s_16_17 = {vector[15], vector};
  end
  endfunction

endmodule

// ------------------------------------------------------------------
//  Design Unit:    fir
// ------------------------------------------------------------------


module fir (
  clk, rst, coeffs_rsc_z, coeffs_rsc_triosy_lz, in1_rsc_dat, in1_rsc_triosy_lz, out1_rsc_dat,
      out1_rsc_triosy_lz
);
  input clk;
  input rst;
  input [511:0] coeffs_rsc_z;
  output coeffs_rsc_triosy_lz;
  input [15:0] in1_rsc_dat;
  output in1_rsc_triosy_lz;
  output [15:0] out1_rsc_dat;
  output out1_rsc_triosy_lz;



  // Interconnect Declarations for Component Instantiations 
  fir_core fir_core_inst (
      .clk(clk),
      .rst(rst),
      .coeffs_rsc_z(coeffs_rsc_z),
      .coeffs_rsc_triosy_lz(coeffs_rsc_triosy_lz),
      .in1_rsc_dat(in1_rsc_dat),
      .in1_rsc_triosy_lz(in1_rsc_triosy_lz),
      .out1_rsc_dat(out1_rsc_dat),
      .out1_rsc_triosy_lz(out1_rsc_triosy_lz)
    );
endmodule